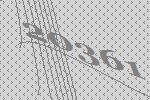
20361